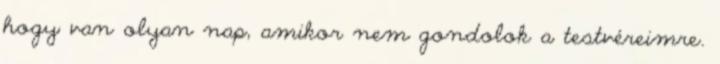
hogy van olyan nap, amikor nem gondolok a testvéreimre.